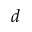
d